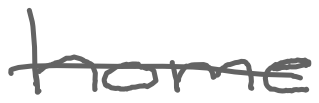
Text: home
Cross-out: single-line
Writing tool: digital_gray